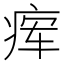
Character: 𬏫